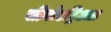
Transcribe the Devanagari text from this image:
सीनोंएट्रिअल